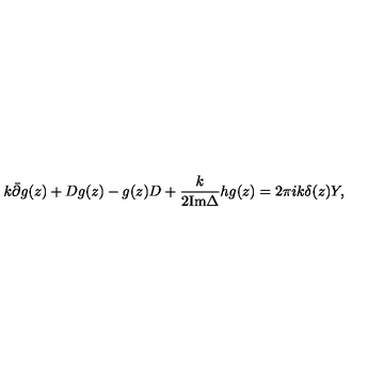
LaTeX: k \bar { \partial } g ( z ) + D g ( z ) - g ( z ) D + \frac { k } { 2 { \mathrm { I m } } \Delta } h g ( z ) = 2 \pi i k \delta ( z ) Y ,